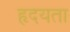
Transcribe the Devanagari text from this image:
हृदयता